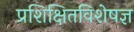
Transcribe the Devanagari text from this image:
प्रशिक्षितविशेषज्ञ